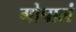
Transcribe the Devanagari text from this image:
गोपालं